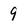
Character: 9